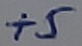
Text: +5